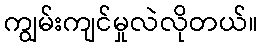
ကျွမ်းကျင်မှုလဲလိုတယ်။